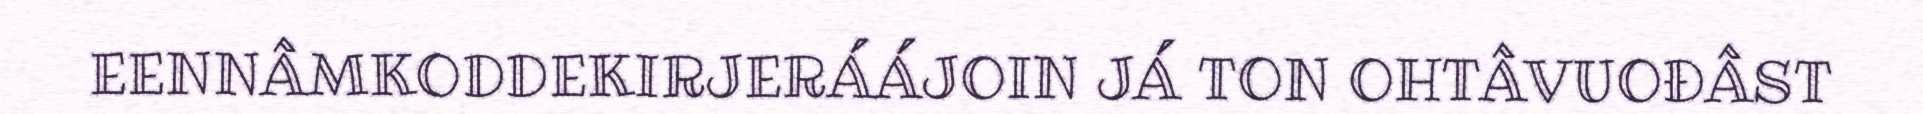
EENNÂMKODDEKIRJERÁÁJOIN JÁ TON OHTÂVUOĐÂST